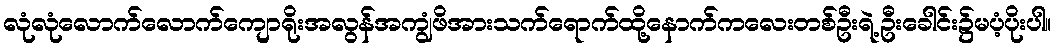
လုံလုံလောက်လောက်ကျောရိုးအလွန်အကျွံဖိအားသက်ရောက်ထို့နောက်ကလေးတစ်ဦးရဲ့ဦးခေါင်း၌မပံ့ပိုးပါ။